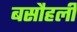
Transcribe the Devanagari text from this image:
बसौहली